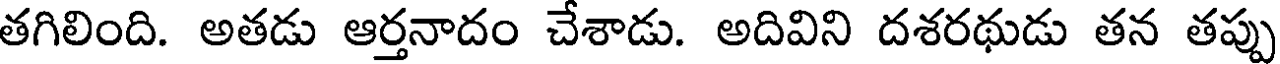
తగిలింది. అతడు ఆర్తనాదం చేశాడు. అదివిని దశరథుడు తన తప్పు